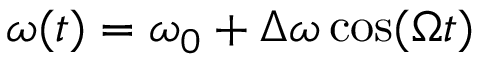
\omega ( t ) = \omega _ { 0 } + \Delta \omega \cos ( \Omega t )